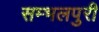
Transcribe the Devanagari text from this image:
सम्भलपुरी